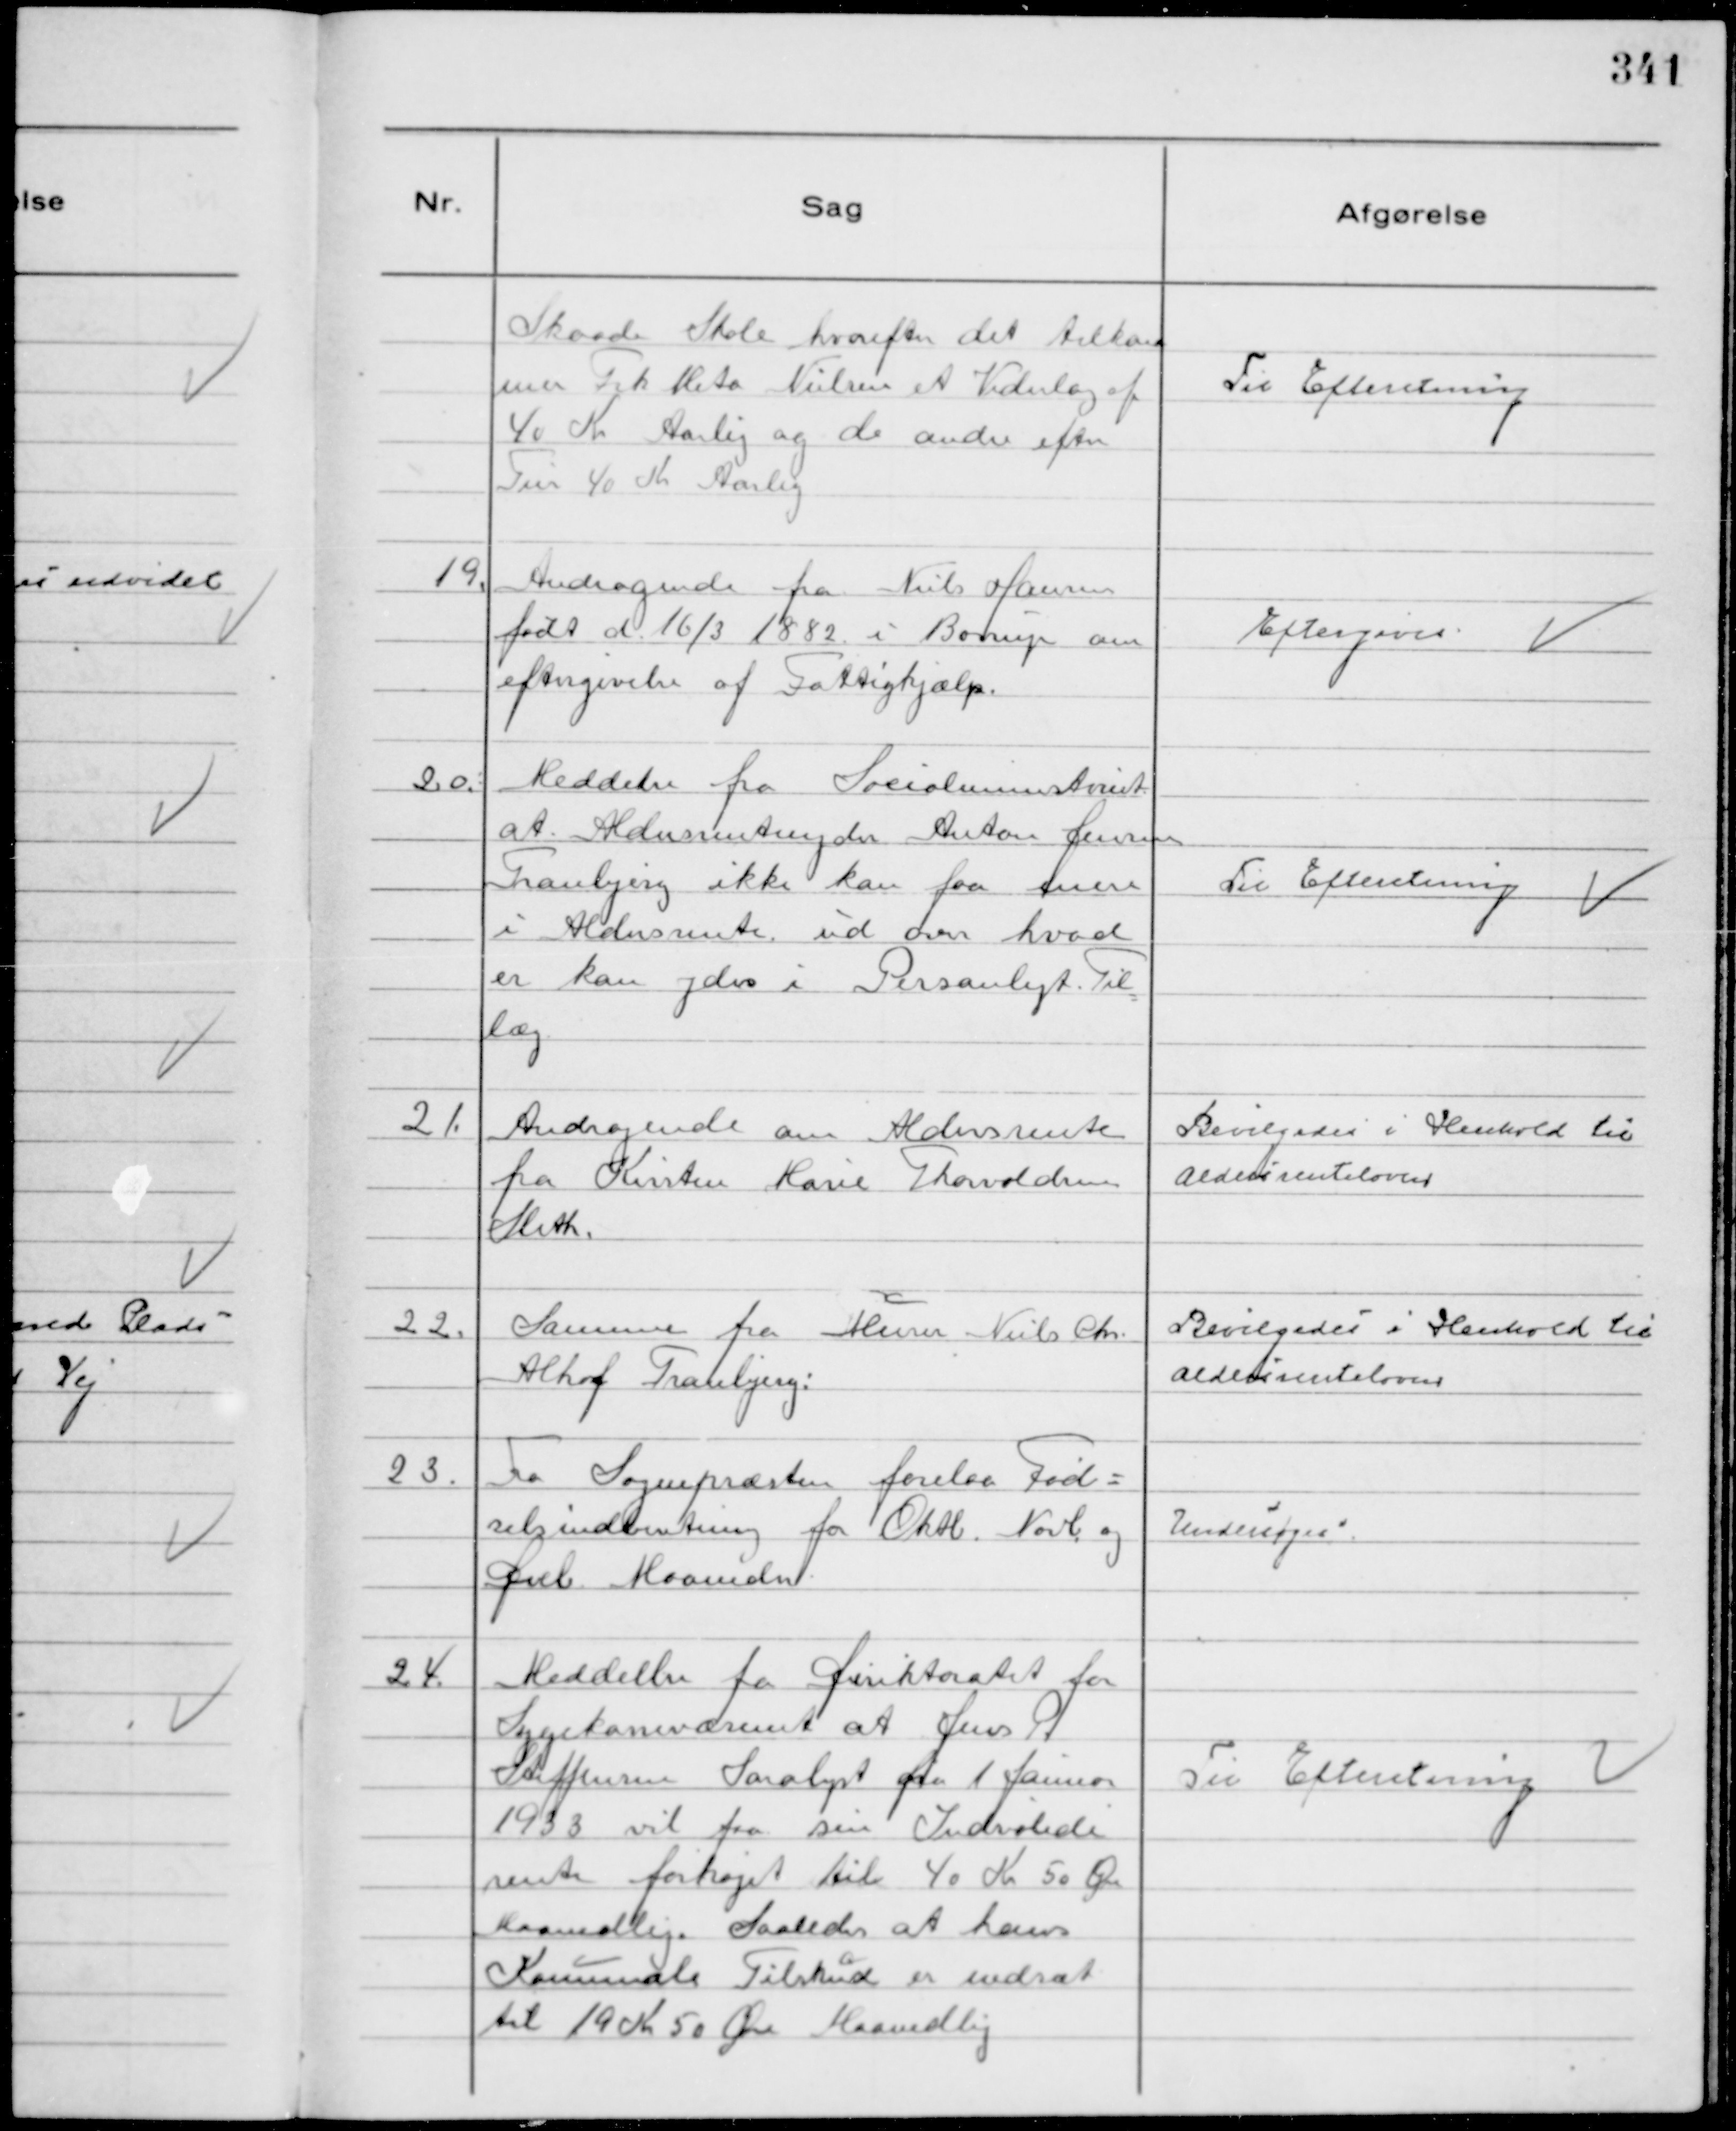
Transskription:
Skaade Skole, hvorefter det tilkom
mer Frk Meta Nielsen et Vederlag af
40 Kr Aarlig og de andre efter
Tur 40 Kr Aarlig

Til Efteretning

19.
Andragende fra Niels Hansen
født d. 16/3 1882 i Børup om
eftergivelse af Fattighjælp.

Eftergives

20.
Meddelse fra Socialministeriet
at Aldersrentenyder Anton Jensen
Tranbjerg ikke kan faa mere
i Aldersrente ud over hvad
er kan ydes i Personligt Til
læg

Til Efteretning

21.
Andragende om Aldersrente
fra Kirsten Marie Thorvaldsen
Sleth.

Bevilgedes i Henhold til
Aldersrenteloven

22.
Samme fra Murer Niels Chr.
Alhof Tranbjerg.

Bevilgedes i Henhold til
Aldersrenteloven

23.
Fra Sognepræsten forelaa Fød-
selsindberetning for Oktb. Novb. og
Decb. Maaneder.

Undersøges

24.
Meddellse fra Direktoratet for
Sygekassevæsenet at Jens P.
Steffensen Saralyst fra 1. Januar
1933 vil faa sin Indvalide
rente forhøjet til 40 Kr 50 Øre
Maanedlig. Saaledes at hans
Kommunale Tilskud er nedsat
til 19 Kr 50 Øre Maanedlig

Til Efteretning